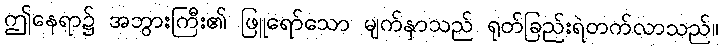
ဤနေရာ၌ အဘွားကြီး၏ ဖြူရော်သော မျက်နှာသည် ရုတ်ခြည်းရဲတက်လာသည်။